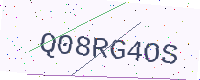
Text: Q08RG4OS